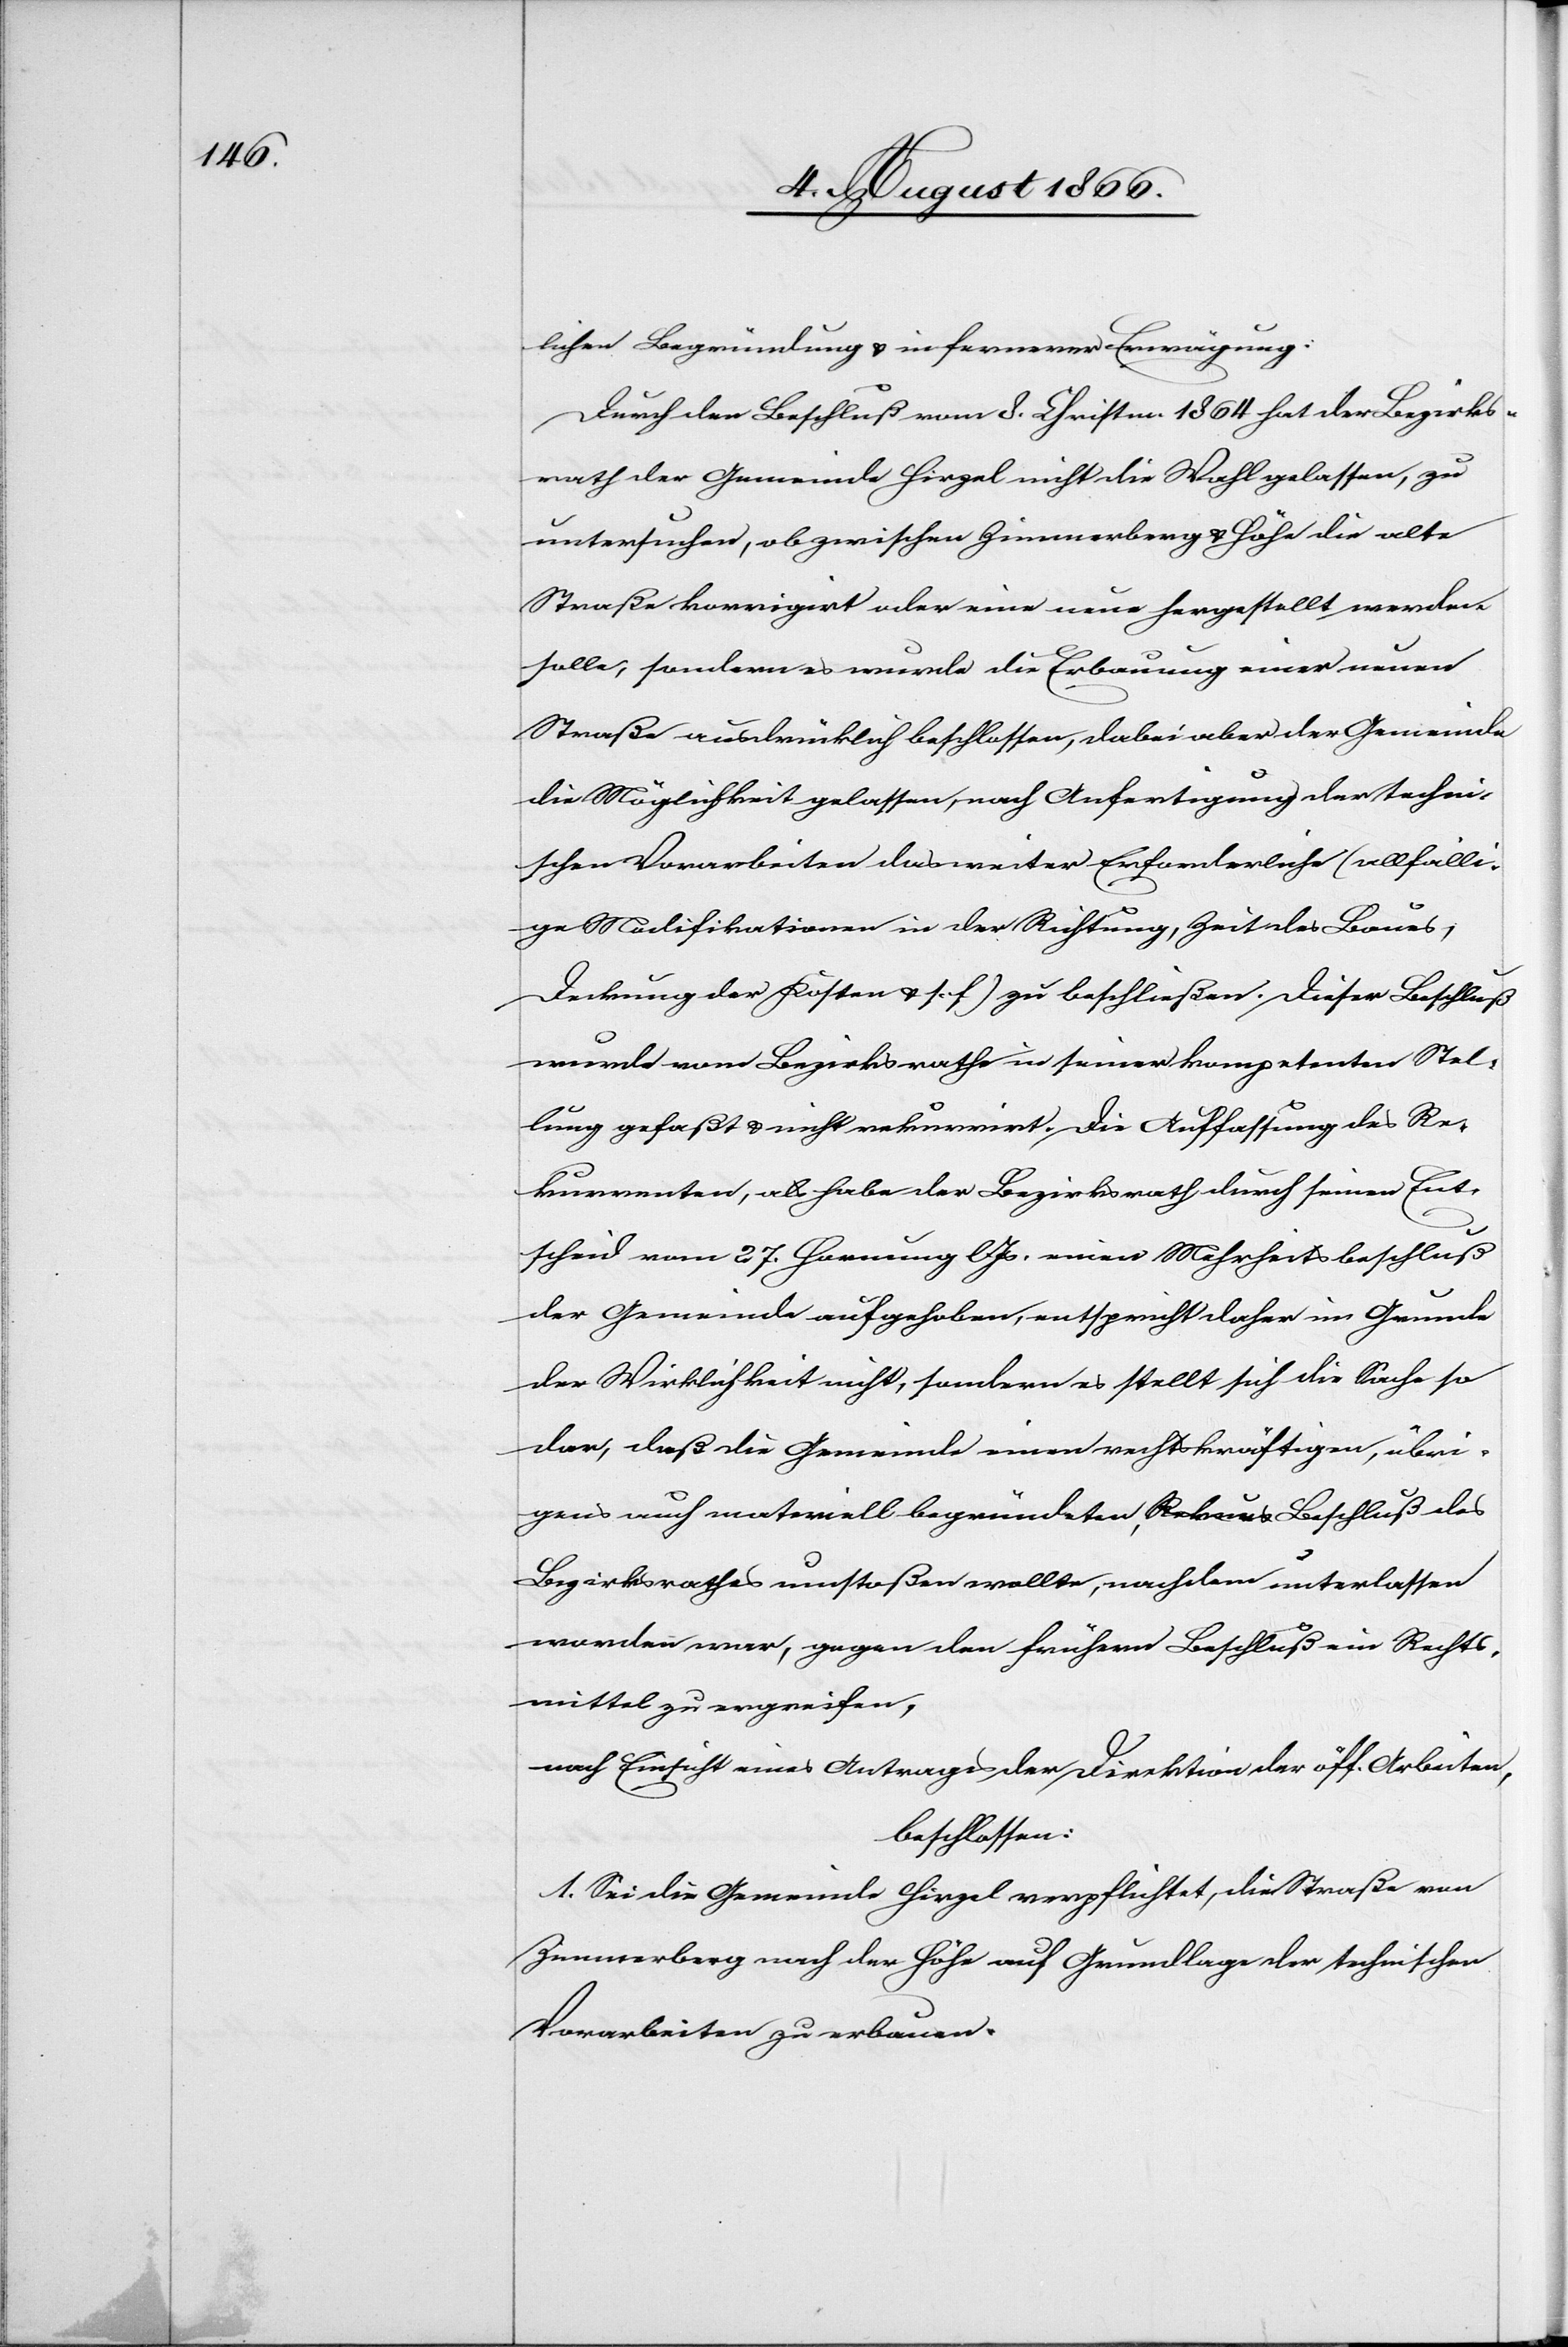
lichen Begründung u. in fernerer Erwägung:
Durch den Beschluß vom 8. Christm. 1864 hat der Bezirks¬
rath der Gemeinde Hirzel nicht die Wahl gelassen, zu
untersuchen, ob zwischen Zimmerberg u. Höhe die alte
Straße korrigirt oder eine neue hergestellt werden
solle, sondern es wurde die Erbauung einer neuen
Straße ausdrücklich beschlossen, dabei aber der Gemeinde
die Möglichkeit gelassen, nach Anfertigung der techni¬
schen Vorarbeiten das weiter Erforderliche (allfälli¬
ge Modifikationen in der Richtung, Zeit des Baues,
Deckung der Kosten u. s. f.) zu beschließen. Dieser Beschluß
wurde vom Bezirksrath in seiner kompetenten Stel¬
lung gefaßt u. nicht rekurrirt. Die Auffassung des Re¬
kurrenten, als habe der Bezirksrath durch seinen Ent¬
scheid vom 27. Hornung l Js. einen Mehrheitsbeschluß
der Gemeinde aufgehoben, entspricht daher im Grunde
der Wirklichkeit nicht, sondern es stellt sich die Sache so
dar, daß die Gemeinde einen rechtskräftigen, übri¬
gens auch materiell begründeten, a-Rekurs-a Beschluß des
Bezirksrathes umstoßen wollte, nachdem unterlassen
worden war, gegen den frühern Beschluß ein Rechts¬
mittel zu ergreifen,
nach Einsicht eines Antrages der Direktion der öff. Arbeiten,
beschlossen:
1. Sei die Gemeinde Hirzel verpflichtet, die Straße von
Zimmerberg nach der Höhe auf Grundlage der technischen
Vorarbeiten zu erbauen.